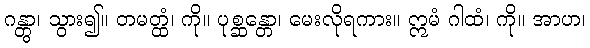
ဂန္တွာ၊ သွား၍။ တမတ္ထံ၊ ကို။ ပုစ္ဆန္တော၊ မေးလိုရကား။ ဣမံ ဂါထံ၊ ကို။ အာဟ၊